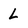
Character: L